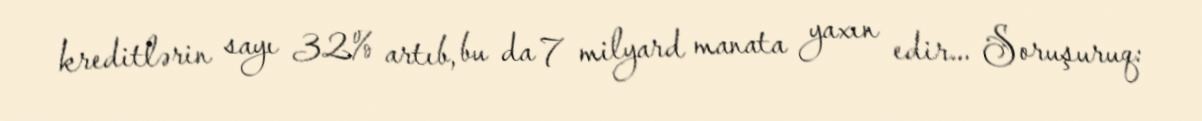
kreditlərin sayı 32% artıb, bu da 7 milyard manata yaxın edir... Soruşuruq: